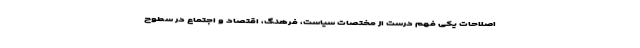
اصلاحات یکی فهم درست از مختصات سیاست، فرهنگ، اقتصاد و اجتماع در سطوح